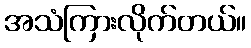
အသံကြားလိုက်တယ်။